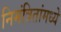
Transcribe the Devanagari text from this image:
निमंत्रितांमध्ये